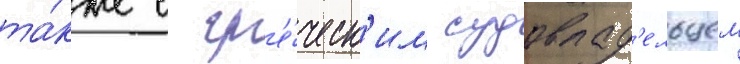
та́кже с гр'е́ческ'им судовлад'ельцем